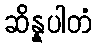
ဆိန္နပါတံ